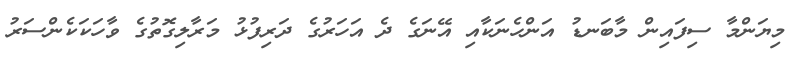
މިޔަންމާ ސިފައިން މާބަނޑު އަންހެނަކާއި އޭނަގެ ދެ އަހަރުގެ ދަރިފުޅު މަރާލިގޮތުގެ ވާހަކަކެންސަރު